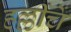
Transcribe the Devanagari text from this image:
हल्लींचें